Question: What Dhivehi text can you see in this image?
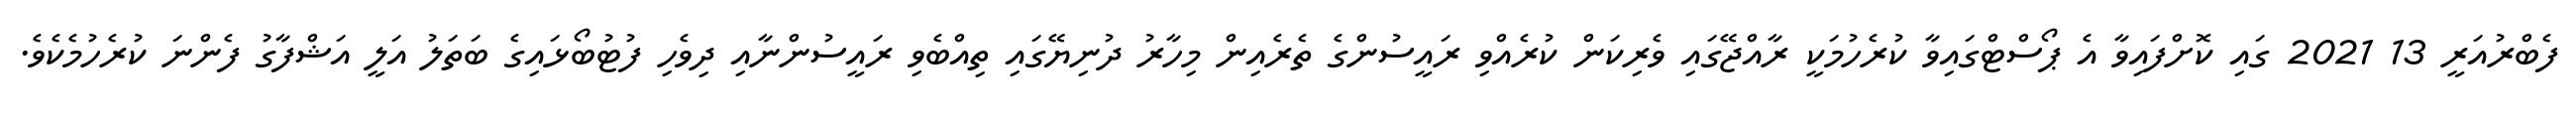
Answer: ފެބްރުއަރީ 13 2021 ގައި ކޮށްފައިވާ އެ ޕޯސްޓްގައިވާ ކުރެހުމަކީ ރާއްޖޭގައި ވެރިކަން ކުރެއްވި ރައީސުންގެ ތެރެއިން މިހާރު ދުނިޔޭގައި ތިއްބެވި ރައީސުންނާއި ދިވެހި ފުޓުބޯޅައިގެ ބަތަލު އަލީ އަޝްފާގު ފެންނަ ކުރެހުމެކެވެ.